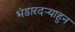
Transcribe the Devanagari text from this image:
भंडारदऱ्याहुन